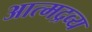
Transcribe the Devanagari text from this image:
आत्मद्रव्य